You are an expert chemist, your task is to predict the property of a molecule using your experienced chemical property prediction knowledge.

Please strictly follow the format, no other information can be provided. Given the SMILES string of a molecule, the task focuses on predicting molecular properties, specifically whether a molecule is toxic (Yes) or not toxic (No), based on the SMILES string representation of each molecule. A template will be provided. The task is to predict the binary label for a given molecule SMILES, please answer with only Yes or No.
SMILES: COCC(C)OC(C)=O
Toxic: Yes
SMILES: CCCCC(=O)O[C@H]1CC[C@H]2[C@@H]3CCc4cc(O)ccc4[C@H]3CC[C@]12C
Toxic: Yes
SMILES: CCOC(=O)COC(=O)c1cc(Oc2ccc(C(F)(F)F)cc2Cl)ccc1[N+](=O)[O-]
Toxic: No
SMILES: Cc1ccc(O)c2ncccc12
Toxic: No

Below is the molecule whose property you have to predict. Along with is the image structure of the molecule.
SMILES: CN1c2c(O)nc(N)nc2NCC1CNc1ccc(C(=O)NC(CCC(=O)[O-])C(=O)[O-])cc1
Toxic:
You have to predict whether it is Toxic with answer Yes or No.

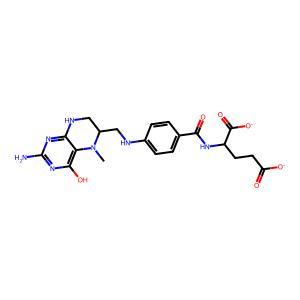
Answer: No